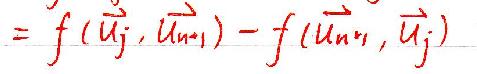
= f(\vec{u_j},\vec{u_{n-1}}) - f(\vec{u_{n-1}},\vec{u_j})